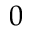
0